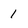
Character: 1